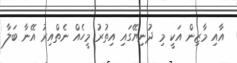
އާއި މާޒިން އަކީ މި ދުނިޔޭގައި އިތުރު މީހެއް ނެތްއިރު އޭނާ ބަލާ